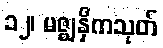
၁၂၊ မဇ္ဈနှိကသုတ်